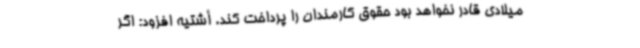
میلادی قادر نخواهد بود حقوق کارمندان را پرداخت کند. أشتیه افزود: اگر